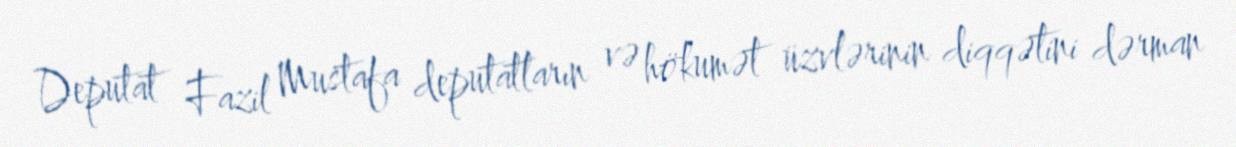
Deputat Fazil Mustafa deputatların və hökumət üzvlərinin diqqətini dərman